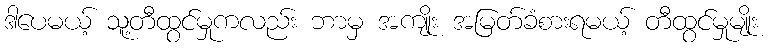
ဒါပေမယ့် သူ့တီထွင်မှုကလည်း ဘာမှ အကျိုး အမြတ်ခံစားရမယ့် တီထွင်မှုမျိုး